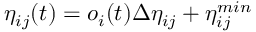
\eta _ { i j } ( t ) = o _ { i } ( t ) \Delta \eta _ { i j } + \eta _ { i j } ^ { m i n }